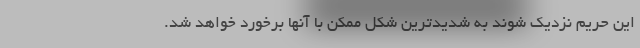
این حریم نزدیک شوند به شدیدترین شکل ممکن با آنها برخورد خواهد شد.